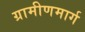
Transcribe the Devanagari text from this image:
ग्रामीणमार्ग